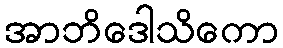
အာဘိဒေါသိကော